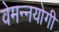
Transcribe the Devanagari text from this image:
वेमन्नयोगी